Tezpur Lunatic Asylum reports 1895-1904 - 1895-1904
Year: 1895
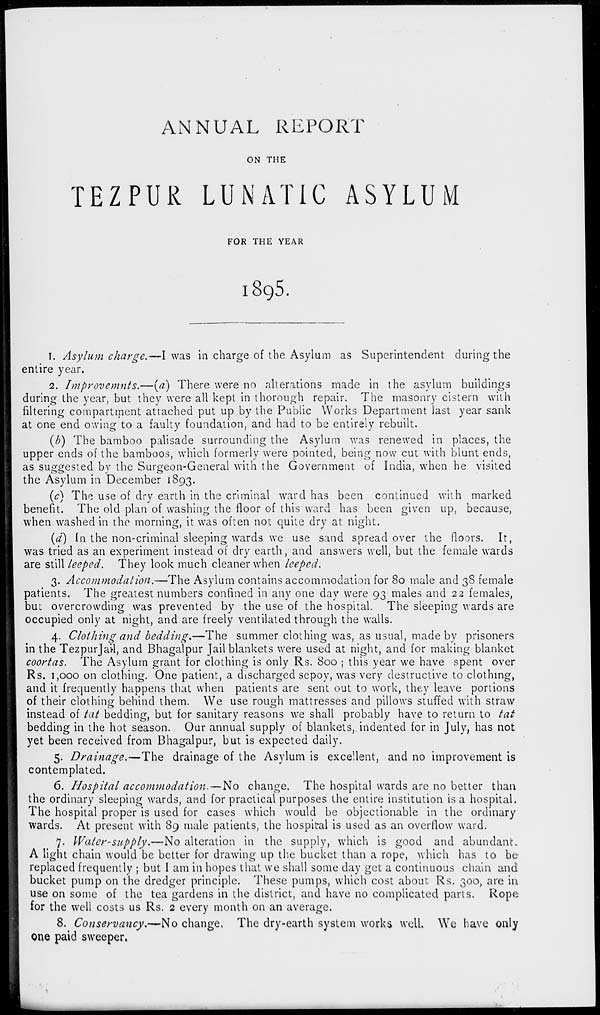
ANNUAL REPORT
ON THE
TEZPUR LUNATIC ASYLUM
FOR THE YEAR
18g5.
1. Asylum charge.—I was in charge of the Asylum as Superintendent during the
entire year.
2. Improvemnts.—{a) There were no alterations made in the asylum buildings
during the year, but they were all kept in thorough repair. The masonry cistern with
filtering compartment attached put up by the Public Works Department last year sank
at one end owing to a faulty foundation, and had to be entirely rebuilt.
(/;) The bamboo palisade surrounding the Asylum was renewed in places, the
upper ends of the bamboos, which formerly were pointed, being now cut with blunt ends,
as suggested by the Surgeon-General with the Government of India, when he visited
the Asylum in December 1893.
(c) The use of dry earth in the criminal ward has been continued with marked
benefit. The old plan of washing the floor of this ward has been given up, because,
when washed in the morning, it was often not quite dry at night.
(a) In the non-criminal sleeping wards we use sand spread over the floors. It,
was tried as an experiment instead of dry earth, and answers well, but the female wards
are still leeped. They look much cleaner when leeped.
3. Accommodation.—The Asylum contains accommodation for 80 male and 38 female
patients. The greatest numbers confined in any one day were 93 males and 12 females,
but overcrowding was prevented by the use of the hospital. The sleeping wards are
occupied only at night, and are freely ventilated through the walls.
4. Clothing and bedding.—The summer clothing was, as usual, made by prisoners
in the Tezpurjail, and Bhagalpur Jail blankets were used at night, and for making blanket
coovtas. The Asylum grant for clothing is only Rs. 800 ; this year we have spent over
Rs. 1,000 on clothing. One patient, a discharged sepoy, was very destructive to clothing,
and it frequently happens that when patients are sent out to work, they leave portions
of their clothing behind them. We use rough mattresses and pillows stuffed with straw
instead of tat bedding, but for sanitary reasons we shall probably have to return to tat
bedding in the hot season. Our annual supply of blankets,.indented for in July, has not
yet been received from Bhagalpur, but is expected daily.
5. Drainage.—The drainage of the Asylum is excellent, and no improvement is
contemplated.
6. Hospital accommodation. — No change. The hospital wards arc no better than
the ordinary sleeping wards, and for practical purposes the entire institution is a hospital.
The hospital proper is used for cases which would be objectionable in the ordinary
wards. At present with 89 male patients, the hospital is used as an overflow ward.
7. Water-supply.—No alteration in the supply, which is good and abundant.
A light chain would be better for drawing up the bucket than a rope, which has to be
replaced frequently ; but I am in hopes that we shall some day get a continuous chain and
bucket pump on the dredger principle. These pumps, which cost about Rs. 300, are in
use on some of the tea gardens in the district, and have no complicated parts. Rope
for the well costs us Rs. 2 every month on an average.
8. Conservancy.—No change. The dry-earth system works well. We have only
one paid sweeper.